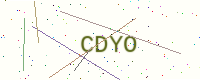
Text: CDYO